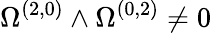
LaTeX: \Omega^{(2,0)}\wedge\Omega^{(0,2)}\neq 0